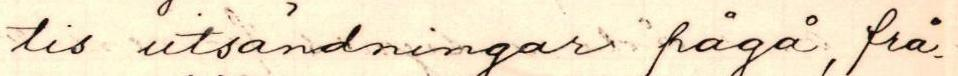
tis utsändningar frågå, frå-